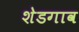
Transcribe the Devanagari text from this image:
शेडगाव